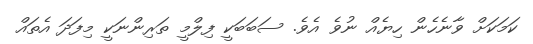
ކަމަކަށް ވާނެހެން ހިޔެއް ނުވެ އެވެ. ސަބަބަކީ ފިލްމީ ތަރިންނަކީ މިފަދަ އެތައް